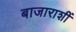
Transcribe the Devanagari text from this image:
बाजाराशीं